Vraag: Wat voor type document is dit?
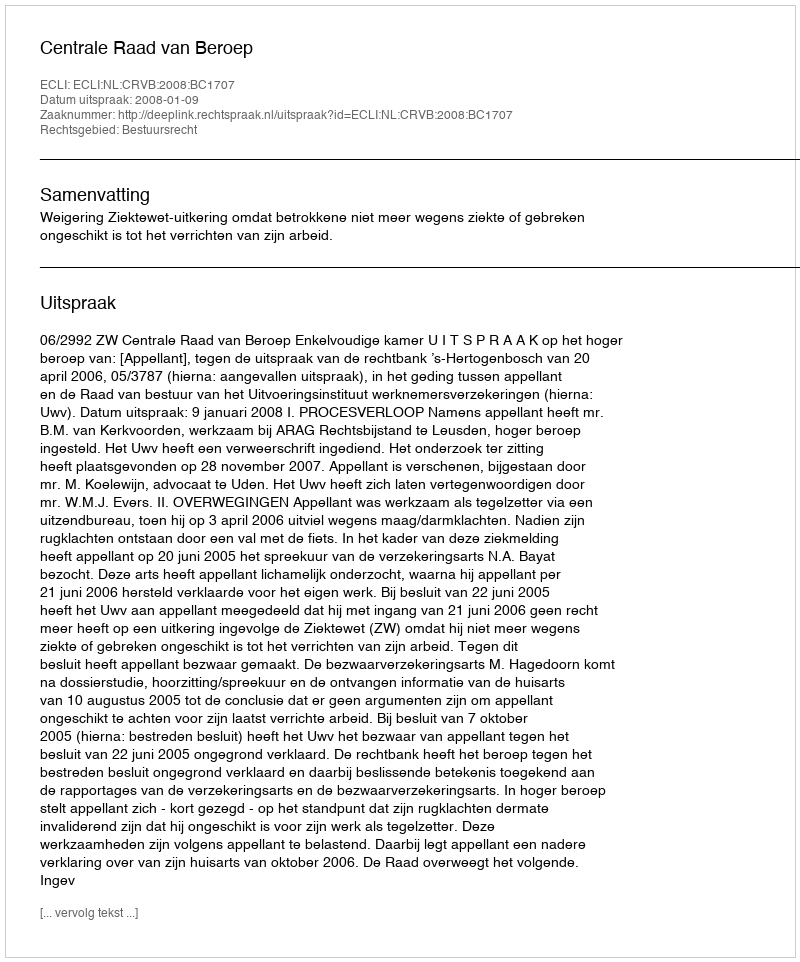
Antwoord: Uitspraak